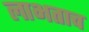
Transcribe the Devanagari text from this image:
लाभताच